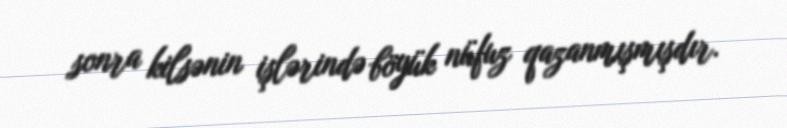
sonra kilsənin işlərində böyük nüfuz qazanmışmışdır.